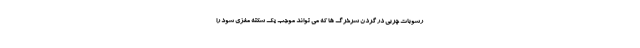
رسوبات چربی در گردن سرخرگ ها که می تواند موجب یک سکته مغزی شود را